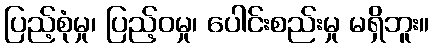
ပြည့်စုံမှု၊ ပြည့်ဝမှု၊ ပေါင်းစည်းမှု မရှိဘူး။